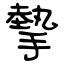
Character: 摰